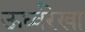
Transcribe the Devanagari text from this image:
ऊर्ध्वरेखा